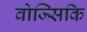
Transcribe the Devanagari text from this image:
वोज्सिकि